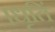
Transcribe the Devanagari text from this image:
।धृतिं